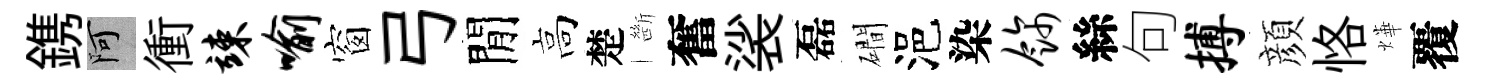
鎸阿衝竦喻窗弓閒高楚㫁奮裟磊磵浥染饰絲句搏顔恪燁覆